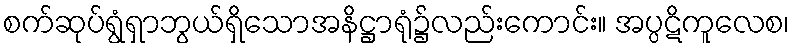
စက်ဆုပ်ရွံရှာဘွယ်ရှိသောအနိဋ္ဌာရုံ၌လည်းကောင်း။ အပ္ပဋိကူလေစ၊